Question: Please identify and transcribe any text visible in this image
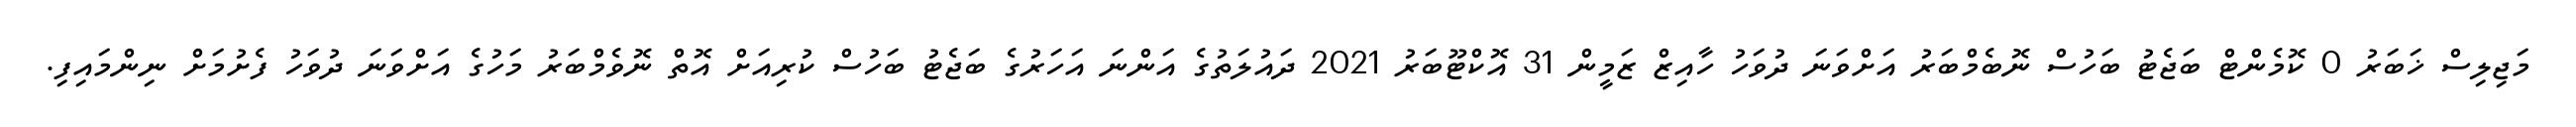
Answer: މަޖިލިސް ޚަބަރު 0 ކޮމެންޓް ބަޖެޓު ބަހުސް ނޮބެމްބަރު އަށްވަނަ ދުވަހު ހާއިޒް ޒަމީން 31 އޮކްޓޫބަރު 2021 ދައުލަތުގެ އަންނަ އަހަރުގެ ބަޖެޓު ބަހުސް ކުރިއަށް އޮތް ނޮވެމްބަރު މަހުގެ އަށްވަނަ ދުވަހު ފެށުމަށް ނިންމައިފި.